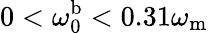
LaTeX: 0<\omega_{\mathrm{0}}^{\mathrm{b}}<0.31\omega_{\mathrm{m}}